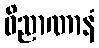
ဝိညာဏာနံ